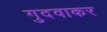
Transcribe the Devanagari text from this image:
गुदवाकर